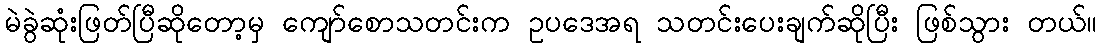
မဲခွဲဆုံးဖြတ်ပြီဆိုတော့မှ ကျော်စောသတင်းက ဥပဒေအရ သတင်းပေးချက်ဆိုပြီး ဖြစ်သွား တယ်။